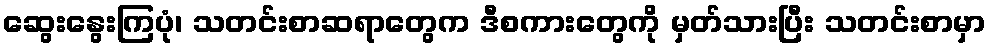
ဆွေးနွေးကြပုံ၊ သတင်းစာဆရာတွေက ဒီစကားတွေကို မှတ်သားပြီး သတင်းစာမှာ